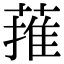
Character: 蓷